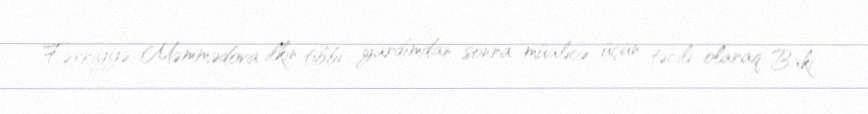
Fəxriyyə Məmmədova ilkin tibbi yardımdan sonra müalicə üçün təcili olaraq Bakı